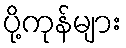
ပို့ကုန်များ